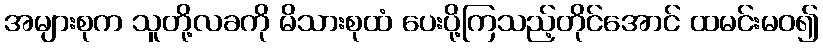
အများစုက သူတို့လခကို မိသားစုထံ ပေးပို့ကြသည့်တိုင်အောင် ထမင်းမဝ၍